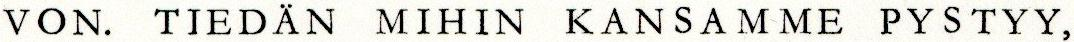
VON. TIEDÄN MIHIN KANSAMME PYSTYY,